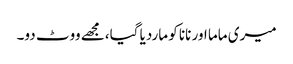
میری ماما اور نانا کو ماردیا گیا،مجھے ووٹ دو۔